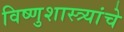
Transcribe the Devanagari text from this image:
विष्णुशास्त्र्यांचे